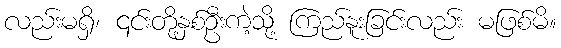
လည်းမရှိ၊ ၎င်းတို့နှစ်ဦးကဲ့သို့ ကြည်နူးခြင်းလည်း မဖြစ်မိ။